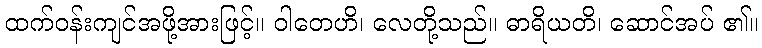
ထက်ဝန်းကျင်အဖို့အားဖြင့်။ ဝါတေဟိ၊ လေတို့သည်။ ဓာရိယတိ၊ ဆောင်အပ် ၏။